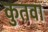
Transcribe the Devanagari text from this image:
कुतवा